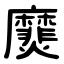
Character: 㸏